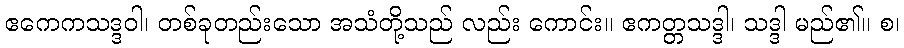
ဧကေကသဒ္ဒဝါ၊ တစ်ခုတည်းသော အသံတို့သည် လည်း ကောင်း။ ဧကတ္တသဒ္ဒါ၊ သဒ္ဒါ မည်၏။ စ၊